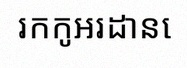
រកកូអរដោនេ